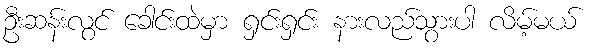
ဦးဆန်းလွင် ခေါင်းထဲမှာ ရှင်းရှင်း နားလည်သွားပါ လိမ့်မယ်